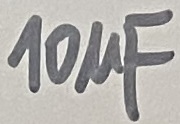
Text: 10µF